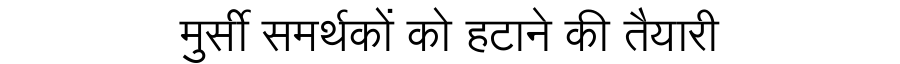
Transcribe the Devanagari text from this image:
मुर्सी समर्थकों को हटाने की तैयारी